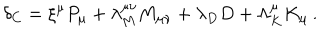
\delta _ { C } = \xi ^ { \mu } P _ { \mu } + \lambda _ { M } ^ { \mu \nu } M _ { \mu \nu } + \lambda _ { D } D + \Lambda _ { K } ^ { \mu } K _ { \mu } \, .